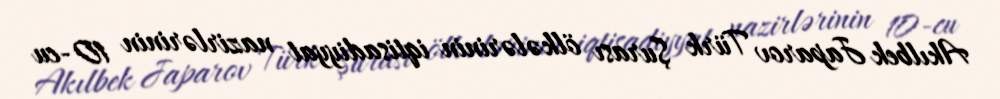
Akılbek Japarov Türk Şurası ölkələrinin iqtisadiyyat nazirlərinin 10-cu